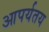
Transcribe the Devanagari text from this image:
आपर्यतय